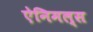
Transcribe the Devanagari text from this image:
ऐनिमल्स